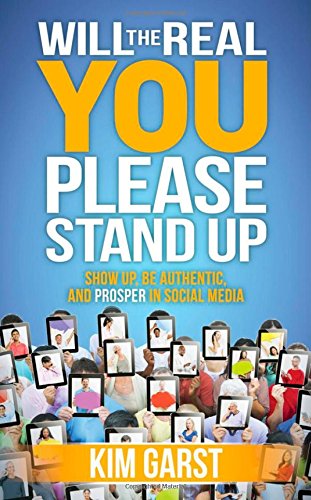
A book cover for Will the Real You Please Stand Up: Show Up, Be Authentic, and Prosper in Social Media; Kim Garst; Business & Money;